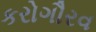
કરોગૌરવ